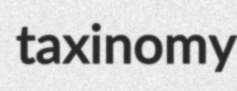
taxinomy